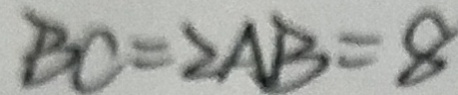
B C = 2 A B = 8